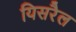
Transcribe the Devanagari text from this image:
यिसरैल